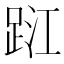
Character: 𨀹